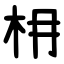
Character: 枏